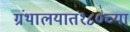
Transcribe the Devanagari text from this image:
ग्रंथालयात१८०च्या